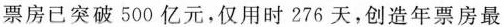
票房已突破500亿元，仅用时276天，创造年票房最